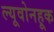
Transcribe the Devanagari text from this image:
ल्यूवोनहूक